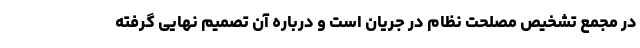
در مجمع تشخیص مصلحت نظام در جریان است و درباره آن تصمیم نهایی گرفته